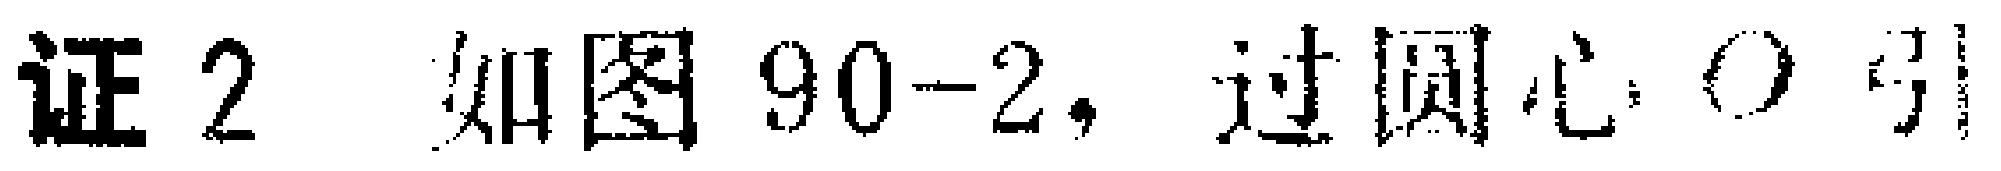
证2 如图90-2，过圆心\(O\)引